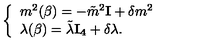
\left\{ \begin{array} { l l } { m ^ { 2 } ( \beta ) = - \tilde { m } ^ { 2 } { \bf I } + \delta m ^ { 2 } } \\ { \lambda ( \beta ) = \tilde { \lambda } { \bf I _ { 4 } } + \delta \lambda . } \\ \end{array} \right.